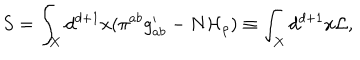
S = \int _ { X } d ^ { d + 1 } x ( \pi ^ { a b } g _ { a b } ^ { \prime } - N { \cal H } _ { \rho } ) \equiv \int _ { X } d ^ { d + 1 } x { \cal L } ,